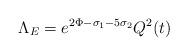
LaTeX: \begin{align*}\Lambda_E = e^{2\Phi - \sigma_1 - 5\sigma_2}Q^2(t) \end{align*}